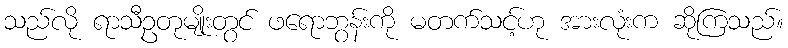
သည်လို ရာသီဥတုမျိုးတွင် ဖရောဘွန်းကို မတက်သင့်ဟု အားလုံးက ဆိုကြသည်။